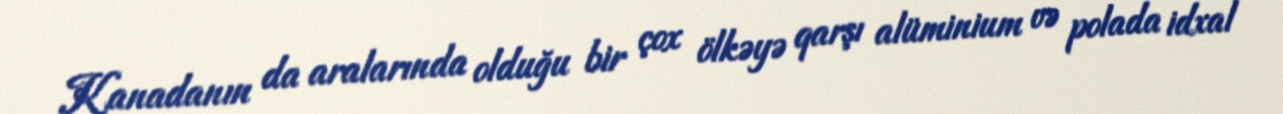
Kanadanın da aralarında olduğu bir çox ölkəyə qarşı alüminium və polada idxal